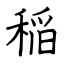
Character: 稲